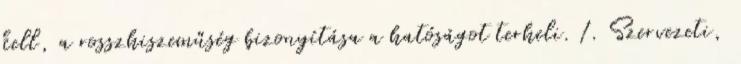
kell, a rosszhiszeműség bizonyítása a hatóságot terheli. 1. Szervezeti,